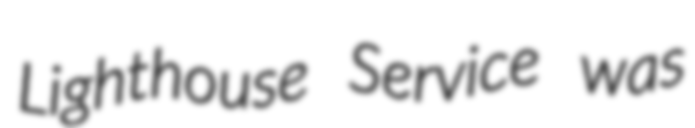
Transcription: Lighthouse Service was